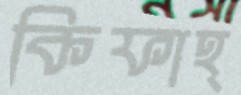
কিফাহ্